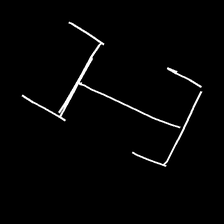
Glyph: entwine